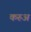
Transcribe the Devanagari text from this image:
करुअ